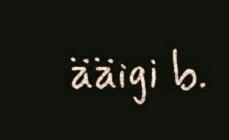
ääigi b.